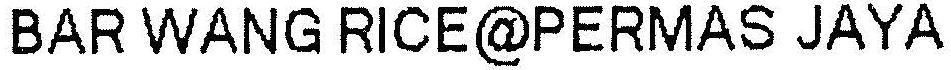
BAR WANG RICE@PERMAS JAYA